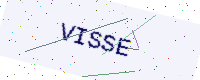
Text: VISSE